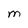
Character: M